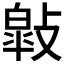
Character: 𢿎